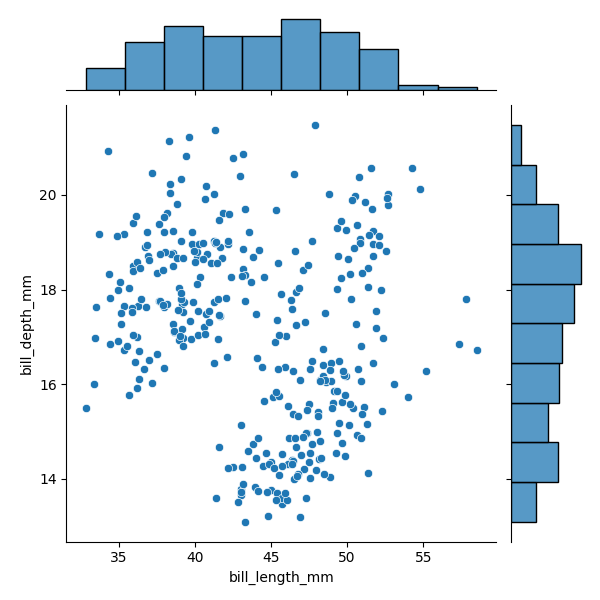
python, seaborn, JointGrid, scatterplot, histplot